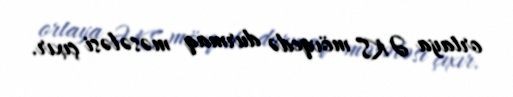
ortaya ƏKS mövqedə durmaq məsələsi çıxır.